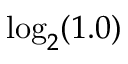
\log _ { 2 } ( 1 . 0 )